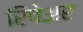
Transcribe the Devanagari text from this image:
रिपेअर